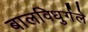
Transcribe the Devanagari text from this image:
बालविधुर्गले